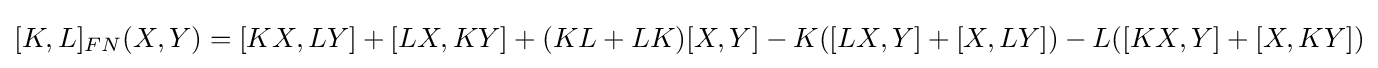
[K,L]_{FN}(X,Y)=[KX,LY]+[LX,KY]+(KL+LK)[X,Y]-K([LX,Y]+[X,LY])-L([KX,Y]+[X,KY])